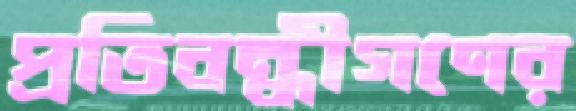
প্রতিবন্ধীগণের